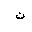
Letter: _non